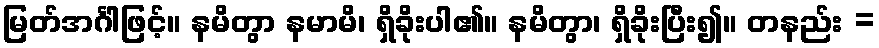
မြတ်အင်္ဂါဖြင့်။ နမိတွာ နမာမိ၊ ရှိခိုးပါ၏။ နမိတွာ၊ ရှိခိုးပြီး၍။ တနည်း =